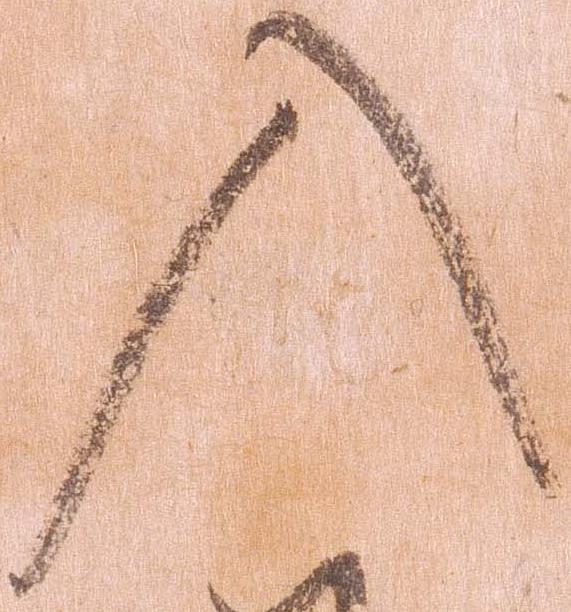
入